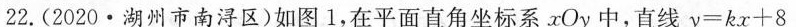
22.(2020·湖州市南浔区)如图1，在平面直角坐标系xOy中，直线$$y = k x + 8$$